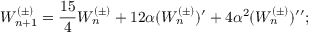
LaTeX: W _ { n + 1 } ^ { ( \pm ) } = \frac { 1 5 } { 4 } W _ { n } ^ { ( \pm ) } + 1 2 \alpha ( W _ { n } ^ { ( \pm ) } ) ^ { \prime } + 4 \alpha ^ { 2 } ( W _ { n } ^ { ( \pm ) } ) ^ { \prime \prime } ;